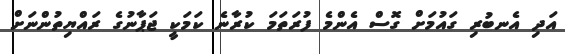
އަދި އެނބުރި ގައުމަށް ގޮސް އެންމެ ފުރަތަމަ ކުރާނެ ކަމަކީ ޖަޕާނުގެ ރައްޔިތުންނަށް